Report of the Hyderabad Chloroform Commission
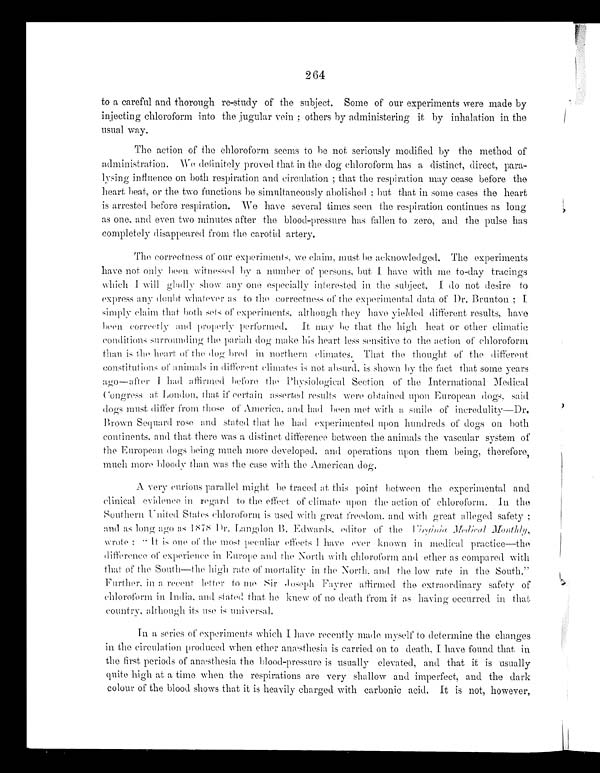
264
to a careful and thorough re-study of the subject. Some of our experiments were made by
injecting chloroform into the jugular vein; others by administering it by inhalation in the
usual way.
The action of the chloroform seems to be not seriously modified by the method of
administration. We definitely proved that in the dog chloroform has a distinct, direct, para-
- l y s i n g i n f l u e n c e o n b o t h r e s p i r a t i o n a n d c i r c u l a t i o n ; t h a t t h e r e s p i r a t i o n m a y c e a s e b e f o r e t h e
heart beat, or the two functions be simultaneously abolished; but that in some cases the heart
is arrested before respiration. We have several times seen the respiration continues as long
as one, and even two minutes after the blood-pressure has fallen to zero, and the pulse has
completely disappeared from the carotid artery.
The correctness of our experiments, we claim, must be acknowledged. The experiments
have not only been witnessed by a number of persons, but I have with me to-day tracings
which I will gladly show any one especially interested in the subject. I do not desire to
express any doubt whatever as to the correctness of the experimental data of Dr. Brunton; I
simply claim that both sets of experiments, although they have yielded different results, have
been correctly and properly performed. It may be that the high heat or other climatic
conditions surrounding the pariah dog make his heart less sensitive to the action of chloroform
than is the heart of the dog bred in northern climates. That the thought of the different
c o n s t i t u t i o n s o f a n i ma l s i n d i f f e r e n t c l i ma t e s i s n o t a b s u r d , i s s h o wn b y t h e f a c t t h a t s o me y e a r s
a g o —a f t e r I h a d a f f i r m e d b e f o r e t h e P h y s i o l o g i c a l S e c t i o n o f t h e I n t e r n a t i o n a l Me d i c a l
Congress at London, that if certain asserted results were obtained upon European dogs, said
dogs must differ from those of America, and had been met with a smile of incredulity—Dr.
Brown Sequard rose and stated that he had experimented upon hundreds of dogs on both
continents, and that there was a distinct difference between the animals the vascular system of
the European dogs being much more developed, and operations upon them being, therefore,
much more bloody than was the case with the American dog.
A very curious parallel might be traced at this point, between the experimental and
clinical evidence in regard to the effect of climate upon the action of chloroform. In the
Southern United States chloroform is used with great freedom, and with great alleged safety;
and as long ago as 1878 Dr. Langdon B. Edwards, editor of theV i r g i n i a M e d i c a l M o n t h l y ,
w r o t e : " I t i s o n e o f t h e m o s t p e c u l i a r e f f e c t s I h a v e e v e r k n o w n i n m e d i c a l p r a c t i c e — t h e
difference of experience in Europe and the North with chloroform and ether as compared with
that of the South—the high rate of mortality in the North, and the low rate in the South."
Further, in a recent letter to me Sir Joseph Fayrer affirmed the extraordinary safety of
c h l o r o f o r m i n I n d i a , a n d s t a t e d t h a t h e k n e w o f n o d e a t h f r o m i t a s h a v i n g o c c u r r e d i n t h a t
country, although its use is universal.
In a series of experiments which I have recently made myself to determine the changes
in the circulation produced when ether anæsthesia is carried on to death. I have found that in
the first periods of anæsthesia the blood-pressure is usually elevated, and that it is usually
quite high at a time when the respirations are very shallow and imperfect, and the dark
colour of the blood shows that it is heavily charged with carbonic acid. It is not, however,